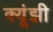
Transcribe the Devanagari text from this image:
क्यूंझी